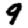
Digit: 9